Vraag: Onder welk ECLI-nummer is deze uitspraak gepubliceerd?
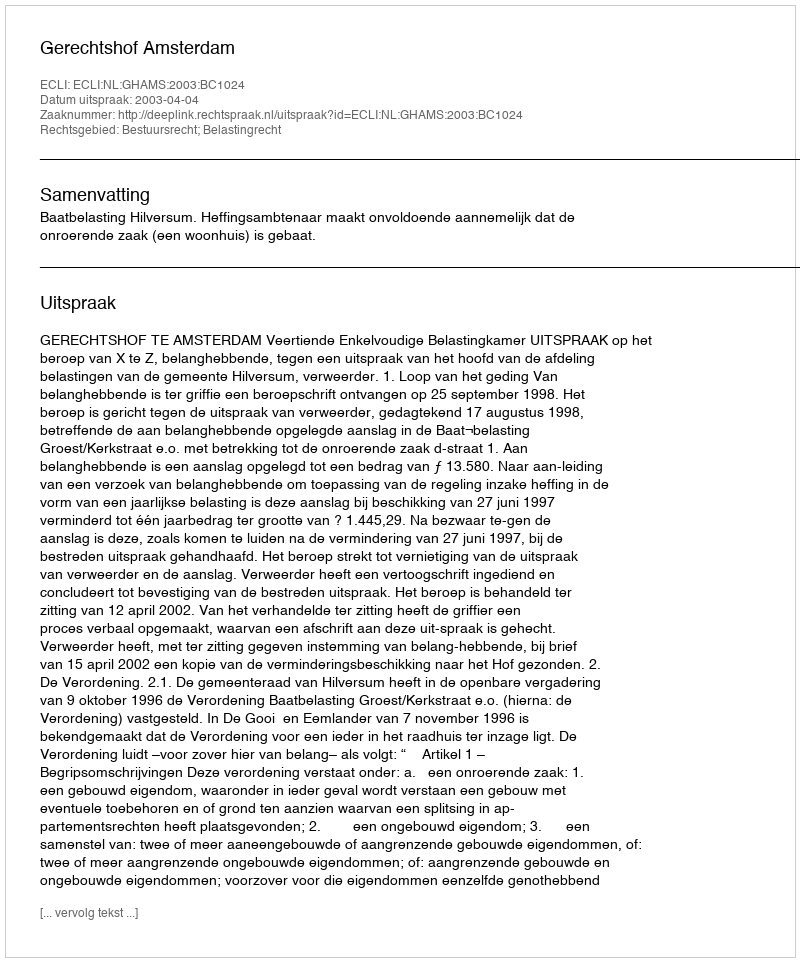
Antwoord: ECLI:NL:GHAMS:2003:BC1024